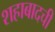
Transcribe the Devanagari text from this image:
शहाबादची